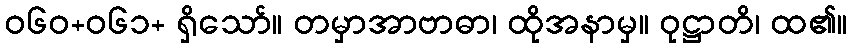
ဝ၆၀+၀၆၁+ ရှိသော်။ တမှာအာဗာဓာ၊ ထိုအနာမှ။ ဝုဋ္ဌာတိ၊ ထ၏။